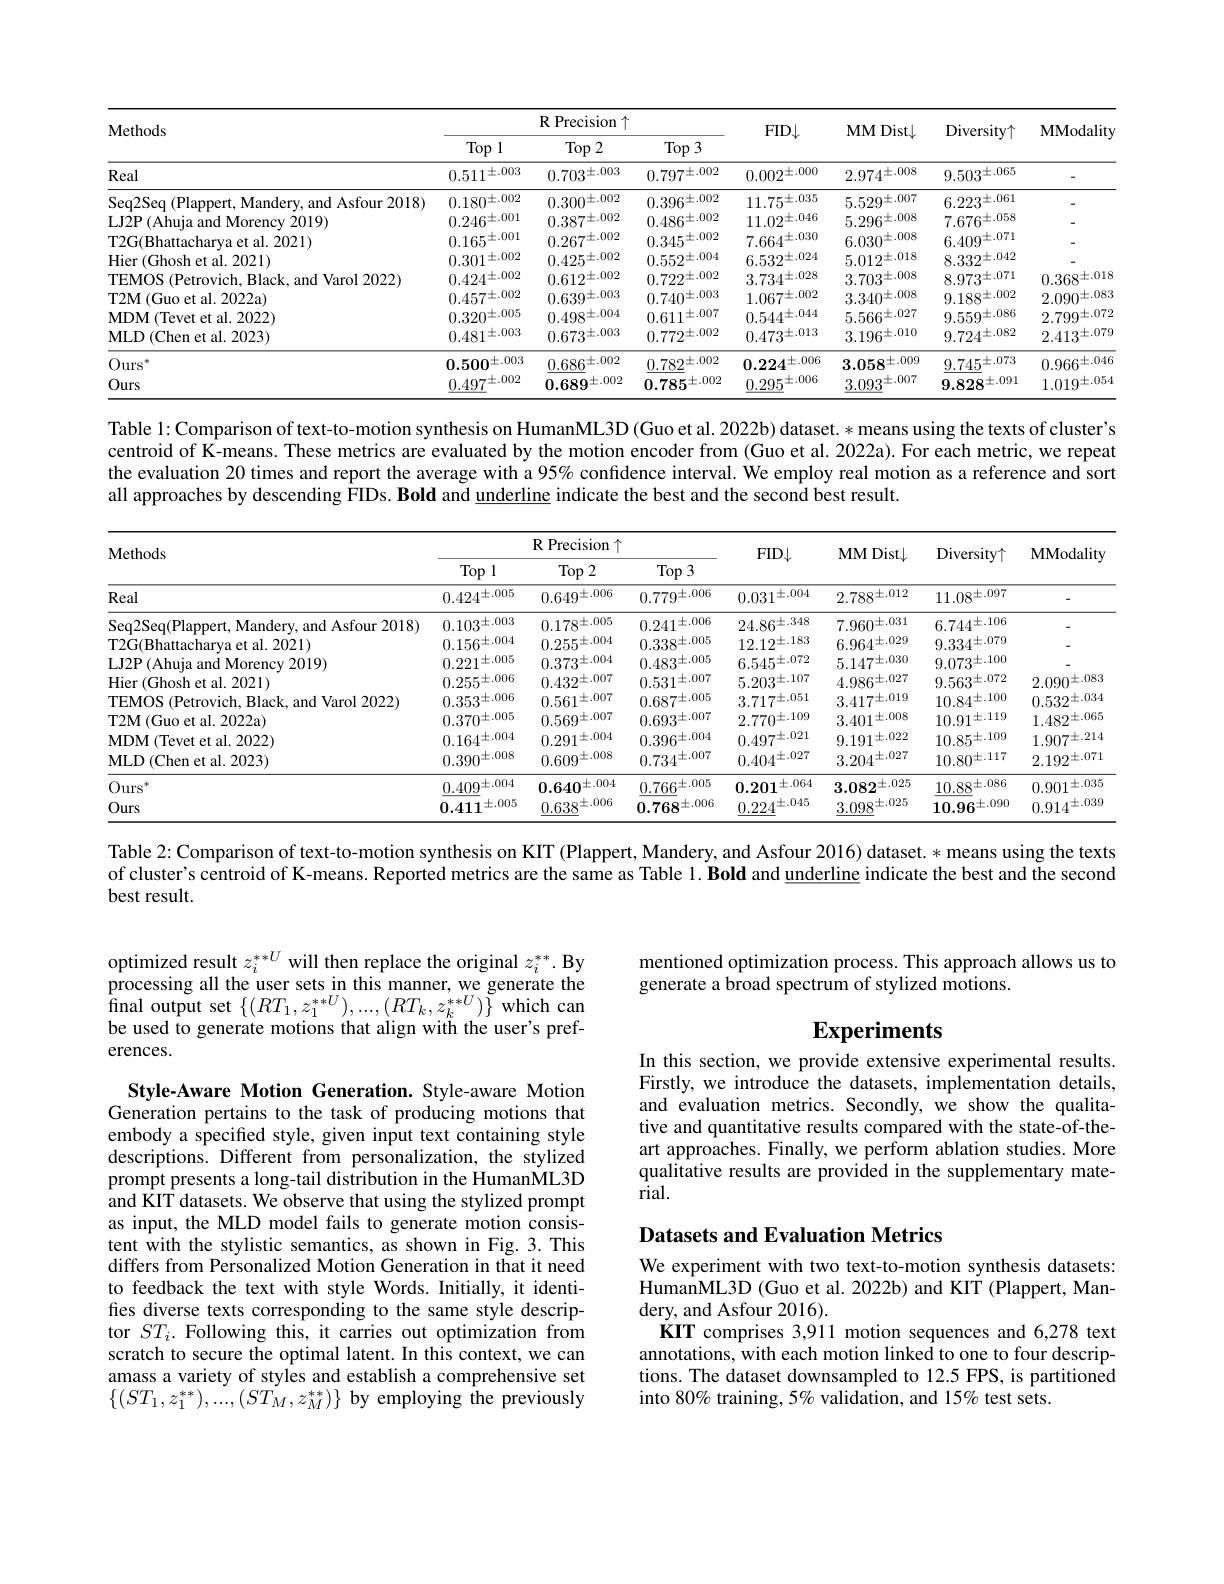
<table>
	<tbody>
		<tr>
			<th rowspan="2">Methods</th>
			<th colspan="3">$\textbf{R Precision}\uparrow$</th>
			<th rowspan="2">$FID\downarrow$</th>
			<th rowspan="2">MM Dist$\downarrow$</th>
			<th rowspan="2">Diversity$\uparrow$</th>
			<th rowspan="2">MModality</th>
		</tr>
		<tr>
			<th>$Top1$</th>
			<th>$\operatorname{Top}2$</th>
			<th>$\operatorname{Top}3$</th>
		</tr>
		<tr>
			<td>Real</td>
			<td>$0.511\pm.003$</td>
			<td>$0.703^{\pm.003}$</td>
			<td>$0.797^{\pm.002}$</td>
			<td>$0.002^{\pm.000}$</td>
			<td>$2.974^{\pm.008}$</td>
			<td>$9.503^{\pm.065}$</td>
			<td> </td>
		</tr>
		<tr>
			<td>Seq2Seq (Plappert, Mandery, and Asfour 2018)</td>
			<td>$0180^{\pm.002}$</td>
			<td>$0.300^{\pm.002}$</td>
			<td>$0.306\pm.002$</td>
			<td>11 $75^{\pm . 036}$</td>
			<td>$5.520\pm.007$</td>
			<td>$6.223^{\pm.061}$</td>
			<td> </td>
		</tr>
		<tr>
			<td>2019 177 Ahiis Amn</td>
			<td>$0.246^{\pm.001}$</td>
			<td>0.387=.002</td>
			<td>0 $486^{\pm . 002}$</td>
			<td>$11.02^{\pm.046}$</td>
			<td>5 $206^{\pm . 008}$</td>
			<td>$7.676^{\pm.058}$</td>
			<td> </td>
		</tr>
		<tr>
			<td>2021)</td>
			<td>0 $165^{\pm . 001}$</td>
			<td>0.967=.002</td>
			<td>$0.245^{\pm.002}$</td>
			<td>7 $664^{\pm . 030}$</td>
			<td>$6.030^{\pm.008}$</td>
			<td>$6A00^{\pm.0/1}$</td>
			<td> </td>
		</tr>
		<tr>
			<td>2021)</td>
			<td>$\pm.002$ 0.301</td>
			<td>0 $425^{\pm . 002}$</td>
			<td>$0.559\pm.004$</td>
			<td>$6.532\pm.024$</td>
			<td>$5.017\pm.018$</td>
			<td>$8.332\pm.042$</td>
			<td> </td>
		</tr>
		<tr>
			<td>$1r$ ${^{\prime}}{^{\prime}}{^{\prime}}{^{\prime}}$</td>
			<td>0 $424\pm . 002$</td>
			<td>$0.617\pm.002$</td>
			<td>0 $799\pm . 002$</td>
			<td>3 $73A\pm . 028$</td>
			<td>3 $702\pm . 008$</td>
			<td>8 $973^{\pm . 071}$</td>
			<td>$0.368\pm.018$</td>
		</tr>
		<tr>
			<td>2022a)</td>
			<td>0 $457^{\pm . 002}$</td>
			<td>$0.630\pm.003$</td>
			<td>0 $740^{\pm . 003}$</td>
			<td>$1067\pm.002$</td>
			<td>$3.240\pm.008$</td>
			<td>$0188\pm.002$</td>
			<td>$2.090^{\pm.083}$</td>
		</tr>
		<tr>
			<td>.2022)</td>
			<td>$0.320^{\pm.005}$</td>
			<td>0 $A08\pm . 004$</td>
			<td>$0.611\pm.007$</td>
			<td>$0.544\pm.044$</td>
			<td>$5.566\pm.027$</td>
			<td>$0.550\pm.086$</td>
			<td>$2.799\pm.072$</td>
		</tr>
		<tr>
			<td>MLD(Chen et al. 2023)</td>
			<td>$0.481\pm.003$</td>
			<td>$0.673^{\pm.003}$</td>
			<td>$0.772^{\pm.002}$</td>
			<td>$0.473^{\pm.013}$</td>
			<td>$3.196^{\pm.010}$</td>
			<td>$9.724^{\pm.082}$</td>
			<td>$2.413^{\pm.079}$</td>
		</tr>
		<tr>
			<td>$Ours^*$</td>
			<td>$0.500^{\pm.003}$</td>
			<td>$0.686^{\pm.002}$</td>
			<td>$0.782^{\pm.002}$</td>
			<td>$0.22A^{\pm.006}$</td>
			<td>$3.058^{\pm.009}$</td>
			<td>$9745^{\pm.073}$</td>
			<td>$0.966^{\pm.046}$</td>
		</tr>
		<tr>
			<td>Ours</td>
			<td>0 $497^{\pm . 002}$</td>
			<td>$0.689\pm.002$</td>
			<td>$0.785^{\pm.002}$</td>
			<td>0 $205^{\pm . 006}$</td>
			<td>$3.003^{\pm.007}$</td>
			<td>$9.828\pm.091$</td>
			<td>$1.019^{\pm.054}$</td>
		</tr>
	</tbody>
</table>

Table 1: Comparison of text-to-motion synthesis on HumanML3D (Guo et al. 2022b) dataset. * means using the texts of cluster's centroid of K-means. These metrics are evaluated by the motion encoder from (Guo et al. 20222a). For each metric, we repeat the evaluation 20 times and report the average with a 95% confidence interval. We employ real motion as a reference and sort all approaches by descending FIDs. Bold and underline indicate the best and the second best result.

<table>
	<tbody>
		<tr>
			<th rowspan="2">$\mathbf{Methods}$</th>
			<th colspan="3">$\textbf{R Precision}\uparrow$</th>
			<th rowspan="2">$FID\downarrow$</th>
			<th rowspan="2">$MMDist\downarrow$</th>
			<th rowspan="2">Diversity$\uparrow$</th>
			<th rowspan="2">MModality</th>
		</tr>
		<tr>
			<th>$Top1$</th>
			<th>$\operatorname{Top}2$</th>
			<th>$Top3$</th>
		</tr>
		<tr>
			<td>Real</td>
			<td>$0.424^{\pm.005}$</td>
			<td>$0.649^{\pm.006}$</td>
			<td>$0.779^{\pm.006}$</td>
			<td>$0.031\pm.004$</td>
			<td>$2.788^{\pm.012}$</td>
			<td>$11.08^{\pm.097}$</td>
			<td> </td>
		</tr>
		<tr>
			<td>Seq2Sea(Plappert.Ma ndery, and Asfour 2018)</td>
			<td>$0.103^{\pm.003}$</td>
			<td>$0.178\pm.005$</td>
			<td>0 $241\pm . 006$</td>
			<td>$2486^{\pm.348}$</td>
			<td>7 $060\pm . 031$</td>
			<td>6 $744\pm . 10b$</td>
			<td> </td>
		</tr>
		<tr>
			<td>2021</td>
			<td>0 $156^{\pm . 004}$</td>
			<td>$0.255^{\pm.004}$</td>
			<td>$0.338\pm.005$</td>
			<td>12 1 $2^{\pm }. 183$</td>
			<td>6 $96A\pm . 029$</td>
			<td>$9.334\pm.079$</td>
			<td> </td>
		</tr>
		<tr>
			<td>2019</td>
			<td>0 $221\pm . 005$</td>
			<td>$0.372\pm.004$</td>
			<td>$0.483^{\pm.005}$</td>
			<td>$6.545\pm.072$</td>
			<td>5 1 $47\pm . 030$</td>
			<td>$0.073^{\pm.100}$</td>
			<td> </td>
		</tr>
		<tr>
			<td>121</td>
			<td>$0.255^{\pm.006}$</td>
			<td>$0.439\pm.007$</td>
			<td>$0.531\pm.007$</td>
			<td>5 $203^{\pm . 107}$</td>
			<td>$A$ $086\pm . 027$</td>
			<td>$0.563^{\pm.0/2}$</td>
			<td>$2.090\pm.083$</td>
		</tr>
		<tr>
			<td>$^{\prime}/(\Gamma)^{\prime}$</td>
			<td>$0.353^{\pm.006}$</td>
			<td>$0.561\pm.007$</td>
			<td>$0.687\pm.005$</td>
			<td>3 71 $7\pm . 05$ 1</td>
			<td>$3\textit{417. 019}$</td>
			<td>10 $84\pm . 100$</td>
			<td>$0.532\pm.034$</td>
		</tr>
		<tr>
			<td>$2022a)$</td>
			<td>$0.370^{\pm.005}$</td>
			<td>$0.560\pm.007$</td>
			<td>$0.693\pm.007$</td>
			<td>2 $770^{\pm }. 109$</td>
			<td>3 $401\pm . 008$</td>
			<td>10 $01\pm . 119$</td>
			<td>1 $482^{\pm . 065}$</td>
		</tr>
		<tr>
			<td>$\textbf{t al. 2022) }$</td>
			<td>0 $164\pm . 004$</td>
			<td>$0.201\pm.004$</td>
			<td>$0.396^{\pm.004}$</td>
			<td>0 $A07^{\pm . 021}$</td>
			<td>0 $101\pm . 022$</td>
			<td>10 $85^{\pm . 109}$</td>
			<td>$1907\pm.214$</td>
		</tr>
		<tr>
			<td>MLD(Chen et al. 2023)</td>
			<td>$0.390^{\pm.008}$</td>
			<td>$0.609^{\pm.008}$</td>
			<td>$0.734^{\pm.007}$</td>
			<td>0 $A0A^{\pm . 027}$</td>
			<td>$3.204^{\pm.027}$</td>
			<td>$10.80^{\pm.117}$</td>
			<td>$2.192^{\pm.0/1}$</td>
		</tr>
		<tr>
			<td>$Ours^*$</td>
			<td>0 $A00\pm . 004$</td>
			<td>$0640^{\pm.004}$</td>
			<td>0 $766^{\pm . 005}$</td>
			<td>$1\pm.064$ 0.201</td>
			<td>$3.082\pm.025$</td>
			<td>$10.88\pm.086$</td>
			<td>$\pm.035$ 0.901</td>
		</tr>
		<tr>
			<td>Ours</td>
			<td>$1\pm.005$ 0.411</td>
			<td>$0.638^{\pm.006}$</td>
			<td>$0.768\pm.006$</td>
			<td>0 ${\mathcal{P} }_{A}^{\pm . 040}$</td>
			<td>3 $098^{\pm . 025}$</td>
			<td>${\mathbf{x}}\pm.090$ 10.96 1.</td>
			<td>$0.914^{\pm.039}$</td>
		</tr>
	</tbody>
</table>

Table 2: Comparison of text-to-motion synthesis on KIT (Plappert, Mandery, and Asfour 2016) dataset. * means using the texts

of cluster's centroid of K-means. Reported metrics are the same as Table $1. \textbf{Bold and underline indicate the best and the second}$

best result.

mentioned optimization process. This approach allows us to
generate a broad spectrum of stylized motions.

optimized result $z_i^{**U}$ will then replace the original $z_i^{**}$.By processing all the user sets in this manner, we generate the final output set $\{(RT_{1},z_{1}^{**U}),...,(RT_{k},z_{k}^{**U})\}$ which can be used to generate motions that align with the user's preferences.

# Experiments In this section, we provide extensive experimental results.

Firstly, we introduce the datasets, implementation details, and evaluation metrics. Secondly, we show the qualitative and quantitative results compared with the state-of-theart approaches. Finally, we perform ablation studies. More qualitative results are provided in the supplementary material.

## Datasets and Evaluation Metrics

Style-Aware Motion Generation. Style-aware Motion Generation pertains to the task of producing motions that embody a specified style, given input text containing style descriptions. Different from personalization, the stylized prompt presents a long-tail distribution in the HumanML3D and KIT datasets. We observe that using the stylized prompt as input, the MLD model fails to generate motion consistent with the stylistic semantics, as shown in Fig.3.This differs from Personalized Motion Generation in that it need to feedback the text with style Words. Initially, it identifies diverse texts corresponding to the same style descriptor $ST_i.$ Following this, it carries out optimization from scratch to secure the optimal latent. In this context, we can amass a variety of styles and establish a comprehensive set $\{(ST_{1},z_{1}^{**}),...,(ST_{M},z_{M}^{**})\}$ by employing the previously

We experiment with two text-to-motion synthesis datasets: HumanML3D (Guo et al. 2022b) and KIT (Plappert, Mandery, and Asfour 2016).
KIT comprises 3,911 motion sequences and 6,278 text annotations, with each motion linked to one to four descriptions. The dataset downsampled to 12.5 FPS, is partitioned into 80% training, 5% validation, and 15% test sets.